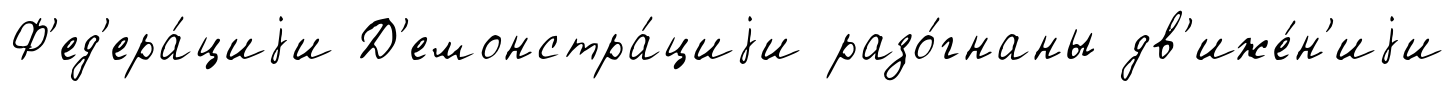
Ф'ед'ера́циjи Д'емонстра́циjи разо́гнаны дв'иже́н'иjи